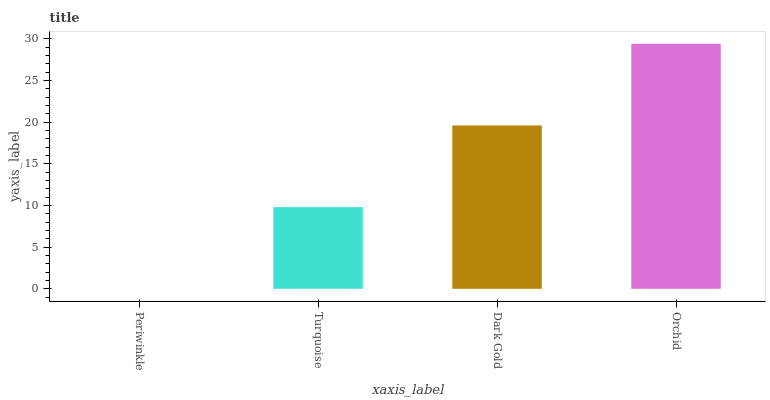
| xaxis_label | bars |
 | --- | --- |
 | Periwinkle | 0 |
 | Turquoise | 9.8 |
 | Dark Gold | 19.6 |
 | Orchid | 29.4 |